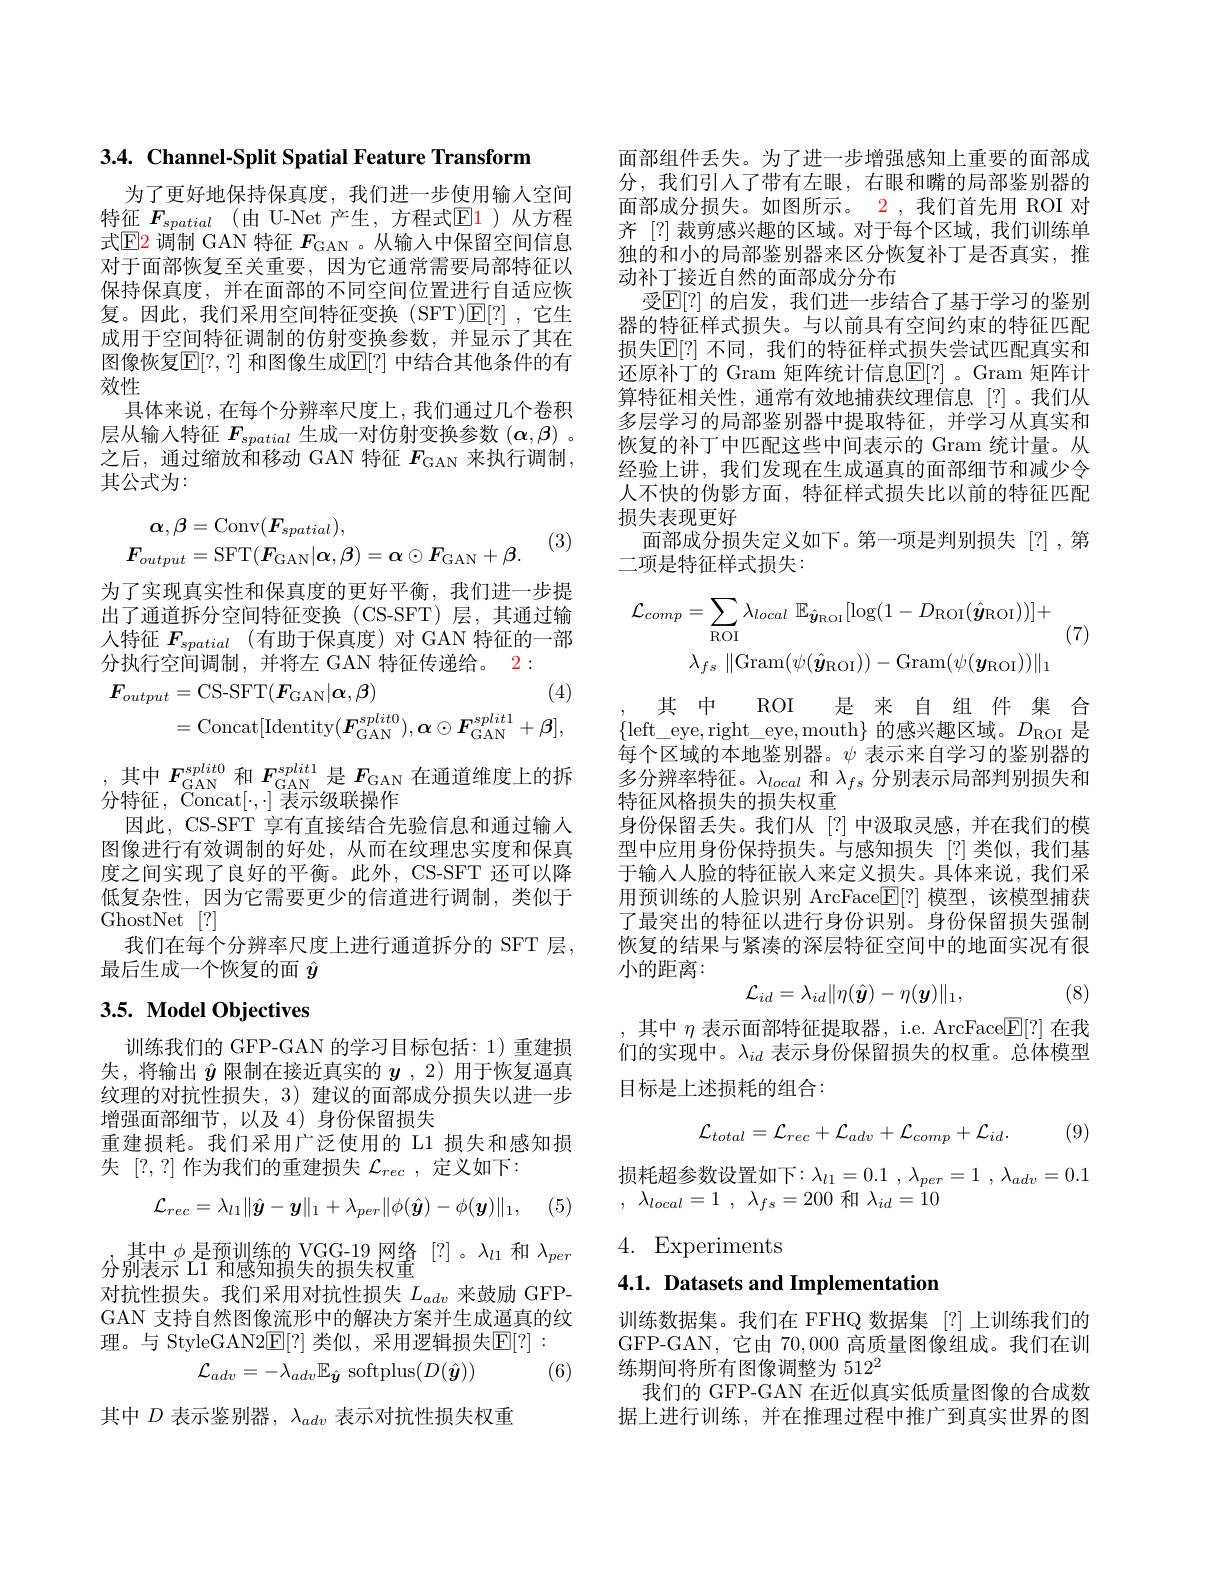
3.4. Channel-Split Spatial Feature Transform

为了更好地保持保真度，我们进一步使用输人空间特征$F_{spatial}$ (由 U-Net 产生，方程式E1)从方程式$\mathbb{E}$2调制 GAN 特征 $F_\mathrm{GAN}$ 。从输入中保留空间信息对于面部恢复至关重要，因为它通常需要局部特征以保持保真度，并在面部的不同空间位置进行自适应恢复。因此，我们采用空间特征变换(SFT)$\mathbb{E}[?]$,它生成用于空间特征调制的仿射变换参数，并显示了其在图像恢复$\mathbb{E}[?,?]$ 和图像生成$\mathbb{E}[?]$ 中结合其他条件的有效性
具体来说，在每个分辨率尺度上，我们通过几个卷积层从输入特征$F_{spatial}$生成一对仿射变换参数$(\boldsymbol\alpha,\beta)$ 。之后，通过缩放和移动 GAN 特征 $F_\mathrm{GAN}$ 来执行调制， 其公式为：
$$\begin{aligned}\alpha,\beta&=\mathrm{Conv}(\boldsymbol{F}_{spatial}),\\\boldsymbol{F}_{output}&=\mathrm{SFT}(\boldsymbol{F}_{\mathrm{GAN}}|\boldsymbol{\alpha},\boldsymbol{\beta})=\boldsymbol{\alpha}\odot\boldsymbol{F}_{\mathrm{GAN}}+\boldsymbol{\beta}.\end{aligned}$$
(3)

为了实现真实性和保真度的更好平衡，我们进一步提出了通道拆分空间特征变换(CS-SFT)层，其通过输入特征 $F_{spatial}$ (有助于保真度)对 GAN 特征的一部分执行空间调制，并将左 GAN 特征传递给。2:
$$\begin{aligned}\boldsymbol{F}_{output}&=\mathrm{CS-SFT}(\boldsymbol{F}_{\mathrm{GAN}}|\boldsymbol{\alpha},\boldsymbol{\beta})&\text{(4)}\\&=\mathrm{Concat}[\mathrm{Identity}(\boldsymbol{F}_{\mathrm{GAN}}^{split0}),\boldsymbol{\alpha}\odot\boldsymbol{F}_{\mathrm{GAN}}^{split1}+\boldsymbol{\beta}],\end{aligned}$$
$\begin{array}{c},\text{其中}F_{\mathrm{GAN}}^{split0}\text{ 和 }F_{\mathrm{GAN}}^{split1}\text{ 是 }F_{\mathrm{GAN}}\text{ 在通道维度上的拆}\\\text{分特征，Concat[,] 表示级联操作}\end{array}$
因此，CS-SFT 享有直接结合先验信息和通过输入图像进行有效调制的好处，从而在纹理忠实度和保真度之间实现了良好的平衡。此外，CS-SFT 还可以降低复杂性，因为它需要更少的信道进行调制，类似于GhostNet [?]
我们在每个分辨率尺度上进行通道拆分的 SFT 层，
最后生成一个恢复的面$\hat{y}$

# 3.5. Model Objectives

训练我们的 GFP-GAN 的学习目标包括：1)重建损失，将输出$\hat{\boldsymbol{y}}$限制在接近真实的$\boldsymbol{y}$ ,2)用于恢复逼真纹理的对抗性损失，3) 建议的面部成分损失以进一步增强面部细节，以及 4)身份保留损失
重建损耗。我们采用广泛使用的 L1 损失和感知损
失[?,?]作为我们的重建损失$\mathcal{L}_rec$ ,定义如下：
$$\mathcal{L}_{rec}=\lambda_{l1}\|\hat{\boldsymbol{y}}-\boldsymbol{y}\|_1+\lambda_{per}\|\phi(\hat{\boldsymbol{y}})-\phi(\boldsymbol{y})\|_1,$$
$\underset{\text{分别表示 L}1\text{ 和感知损失的损失权重}}{\operatorname*{\operatorname*{\text{其中 }}}}_{\text{分别表示 L}1\text{ 和感知损失的损失权重}}^{\text{ 是预训练的 VGG-19 网络}}{\operatorname*{\operatorname*{[?]}}}$。$\lambda_l1$ 和$\lambda_per$ 对抗性损失。我们采用对抗性损失$L_{adv}$来鼓励 GFPGAN 支持自然图像流形中的解决方案并生成通真的纹理。与 StyleGAN2$\mathbb{E}[?]$ 类似，采用逻辑损失$\mathbb{E}[?]:$
$$\mathcal{L}_{adv}=-\lambda_{adv}\mathbb{E}_{\hat{\boldsymbol{y}}}\:\mathrm{softplus}(D(\hat{\boldsymbol{y}}))$$
(6)

其中$D$表示鉴别器，$\lambda_adv$表示对抗性损失权重

面部组件丢失。为了进一步增强感知上重要的面部成分，我们引入了带有左眼，右眼和嘴的局部鉴别器的面部成分损失。如图所示。2,我们首先用 ROI 对齐 [?] 裁剪感兴趣的区域。对于每个区域，我们训练单独的和小的局部鉴别器来区分恢复补丁是否真实，推动补丁接近自然的面部成分分布
受$\mathbb{E}[?]$ 的启发，我们进一步结合了基于学习的鉴别器的特征样式损失。与以前具有空间约束的特征匹配损失$\mathbb{E}[?]$ 不同，我们的特征样式损失尝试匹配真实和还原补丁的 Gram 矩阵统计信息$\overline{\mathbb{E}}[?]$ 。Gram 矩阵计算特征相关性，通常有效地捕获纹理信息[?]。我们从多层学习的局部鉴别器中提取特征，并学习从真实和恢复的补丁中匹配这些中间表示的 Gram 统计量。从经验上讲，我们发现在生成逼真的面部细节和减少令人不快的伪影方面，特征样式损失比以前的特征匹配损失表现更好
面部成分损失定义如下。第一项是判别损失[?],第
二项是特征样式损失：
(7)
$$\mathcal{L}_{comp}=\sum_{\mathrm{ROI}}\lambda_{local}\:\mathbb{E}_{\hat{\boldsymbol{y}}_{\mathrm{ROI}}}[\log(1-D_{\mathrm{ROI}}(\hat{\boldsymbol{y}}_{\mathrm{ROI}}))]+\\\lambda_{fs}\:\|\mathrm{Gram}(\psi(\hat{\boldsymbol{y}}_{\mathrm{ROI}}))-\mathrm{Gram}(\psi(\boldsymbol{y}_{\mathrm{ROI}}))\|_{1}$$
其中 ROI 是来自组件集合$\{$left\_eye,right\_eye,mouth$\}$的感兴趣区域。$D_\mathrm{ROI}$是每个区域的本地鉴别器。$\psi$表示来自学习的鉴别器的多分辨率特征。$\lambda_local$和$\lambda_fs$分别表示局部判别损失和特征风格损失的损失权重
身份保留丢失。我们从[?]中汲取灵感，并在我们的模型中应用身份保持损失。与感知损失[?]类似，我们基于输入人脸的特征嵌人来定义损失。具体来说，我们采用预训练的人脸识别 ArcFace$\mathbb{E}[?]$模型，该模型捕获了最突出的特征以进行身份识别。身份保留损失强制恢复的结果与紧凑的深层特征空间中的地面实况有很小的距离：
, (8)
$$\mathcal{L}_{id}=\lambda_{id}\|\eta(\hat{\boldsymbol{y}})-\eta(\boldsymbol{y})\|_1,$$
,其中$\eta$表示面部特征提取器，i.e. ArcFace$\mathbb{E}[?]$在我们的实现中。$\lambda_{id}$表示身份保留损失的权重。总体模型

目标是上述损耗的组合：

(9)
$$\mathcal{L}_{total}=\mathcal{L}_{rec}+\mathcal{L}_{adv}+\mathcal{L}_{comp}+\mathcal{L}_{id}.$$
损耗超参数设置如下$: \lambda _l1= 0. 1$ , $\lambda _{per}= 1$ , $\lambda _{adv}= 0. 1$

, $\lambda _{local}= 1$ , $\lambda _{fs}= 200$和$\lambda_id=10$
4. Experiments

4.1. Datasets and Implementation

训练数据集。我们在 FFHQ 数据集 [?]上训练我们的GFP-GAN,它由70，000高质量图像组成。我们在训练期间将所有图像调整为 512$^{2}$
我们的 GFP-GAN 在近似真实低质量图像的合成数据上进行训练，并在推理过程中推广到真实世界的图